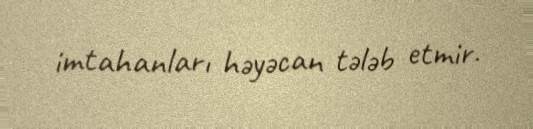
imtahanları həyəcan tələb etmir.